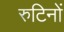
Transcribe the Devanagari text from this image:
रुटिनों